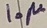
Text: 10µ